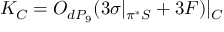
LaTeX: K _ { C } = { \cal O } _ { d P _ { 9 } } ( 3 \sigma | _ { \pi ^ { * } { \cal S } } + 3 F ) | _ { C }